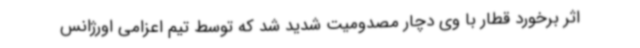
اثر برخورد قطار با وی دچار مصدومیت شدید شد که توسط تیم اعزامی اورژانس